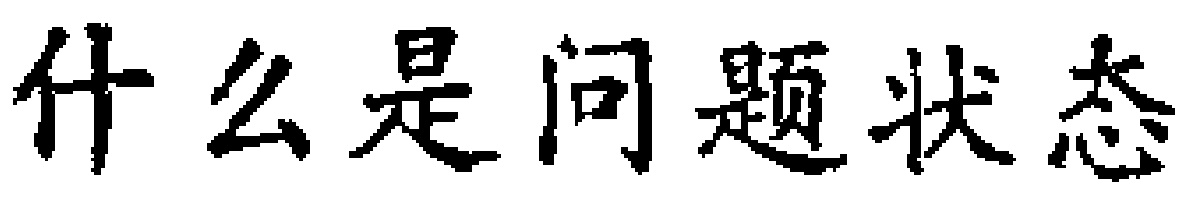
什么是问题状态